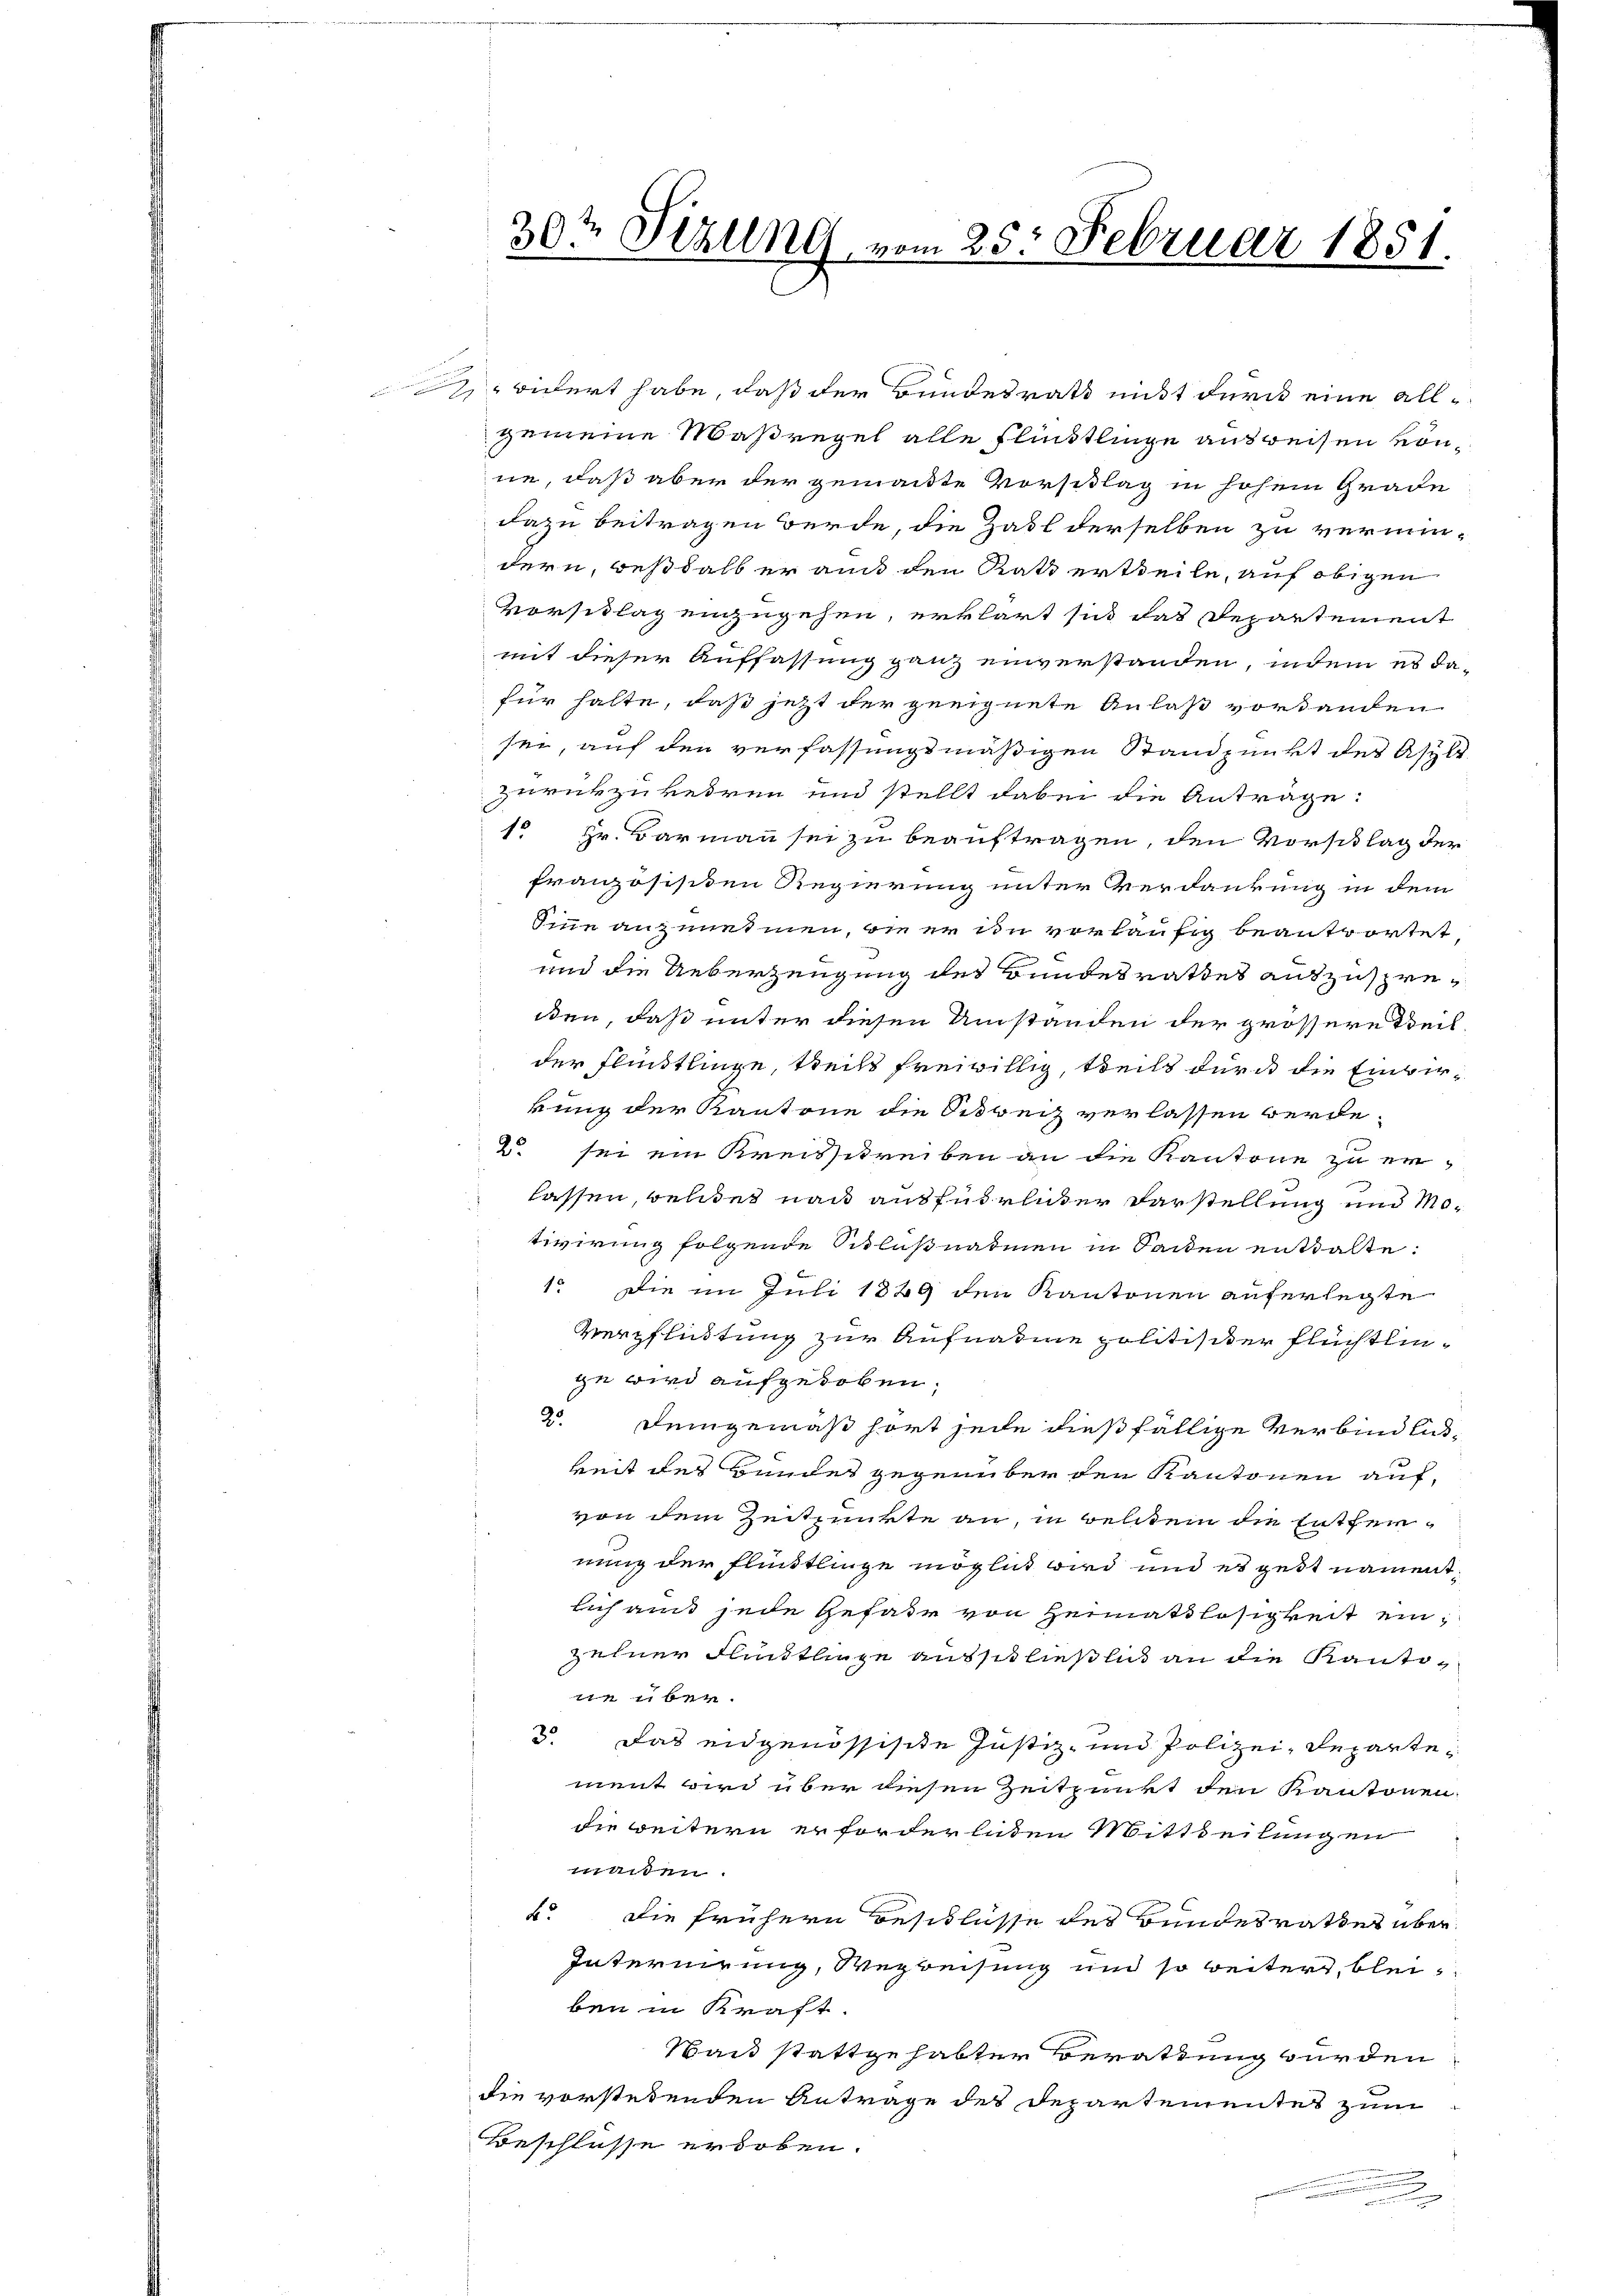
30ten Sizung vom 25. Februar 1851.

bidert habe, daß der Bundesrath nicht durch eine all-
gemeine Maßregel alle Flündtlinge ausweisen könne, daß aber der gemachte Vorsittag in hohem Grade
dazu beitragen werde, die Zahl derselben zu vermin-
dern, beshalb er aus den Rath ertheile, auf obigen
Vorschlag einzugehen, erklärt sich das Departement
mit dieser Auffassung ganz einverstanden, indem es dafür halte, daß jetzt der geeignete Anlaß vorhanden
ser, auf den verfassungsmäßigen Standpunkt des Asyls
zurückzukehren und stellt dabei die Antrage:
1o Hr. Barmann sei zu beauftragen, den Vorschlag der
französischen Regierung unter Verdankung in dem
Eine anzunehmen, wie er im vorläufig beantwortet
und die Ueberzeugung des Bundesrathes auszuspreten, daß unter diesen Umständen der grössere Teil,
der Flindtlinge, teils freiwillig, theils durch die Einwirkung der Kantone die Schweiz verlassen werde.
2. sei ein Kreisschreiben an die Kantone zu erlassen, weldet nach ausführlicher Darstellung und Motivirung folgende Schlußnaturen in Sacken enttalte:
1. Die im Juli 1889 den Kantonen auferlegte
Verpflistung zur Aufnahme politischer Flüchtlinge wird aufgehoben,
2. Demgemäß hört jede dießfällige Verbindlikeit des Bundes gegenüber den Kantonen auf,
von dem Zeitpunkte an, in Belei die Entfernung der Flindtlinge möglich wird und es gest nament,
lich aus jede Gefahr von Heimatslosigkeit einzehner Fristlinge ausschließlich an die Kantone über.
3. Das eidgenössische Justiz- und Polizei, Departement wird über diesen Zeitpunkt den Kantonen
die weitern erforderliden Mittheilungen
machen.
b. Die frühern Beschlusse des Bundesrathes über
Internirung, Wegweisung und so weiter, bleiben in Kraft.
Wai stattgehabter Berathung wurden
die vorstehenden Antrage des Departementes zum
Beschlüsse erhoben.